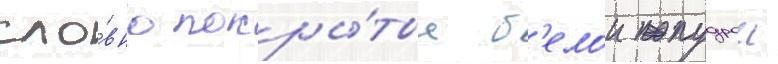
сло́вно покры́тые б'елои пудрои